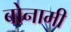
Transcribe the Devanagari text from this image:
बोनामी